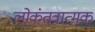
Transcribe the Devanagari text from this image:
लोकंतत्रात्मक